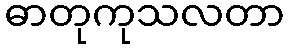
ဓာတုကုသလတာ